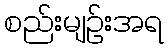
စည်းမျဉ်းအရ